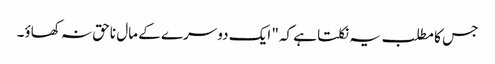
جس کا مطلب یہ نکلتا ہے کہ" ایک دوسرے کے مال ناحق نہ کھاؤ۔